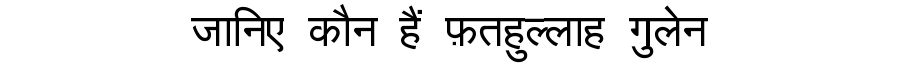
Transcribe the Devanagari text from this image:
जानिए कौन हैं फ़तहुल्लाह गुलेन